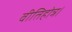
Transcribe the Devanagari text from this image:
वीतिहोत्र।